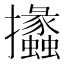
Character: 攭